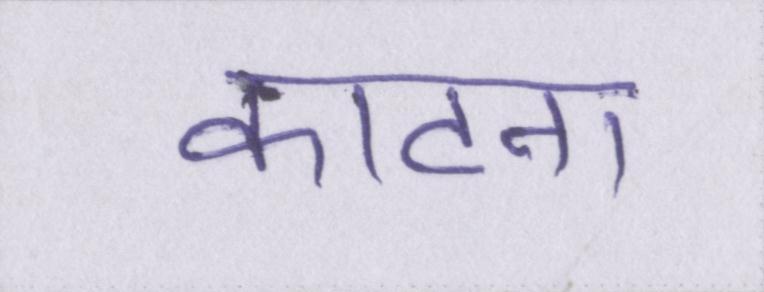
काटना